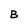
Character: B